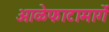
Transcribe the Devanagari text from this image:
आळेफाटामार्गे